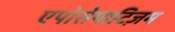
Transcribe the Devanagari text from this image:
एपोसेमाटिज़म